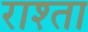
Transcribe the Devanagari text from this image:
राश्ता